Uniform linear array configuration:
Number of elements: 12
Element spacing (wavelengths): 1
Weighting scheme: exponential
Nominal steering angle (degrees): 30
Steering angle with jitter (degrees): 30.561
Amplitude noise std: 0.05
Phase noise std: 0.05

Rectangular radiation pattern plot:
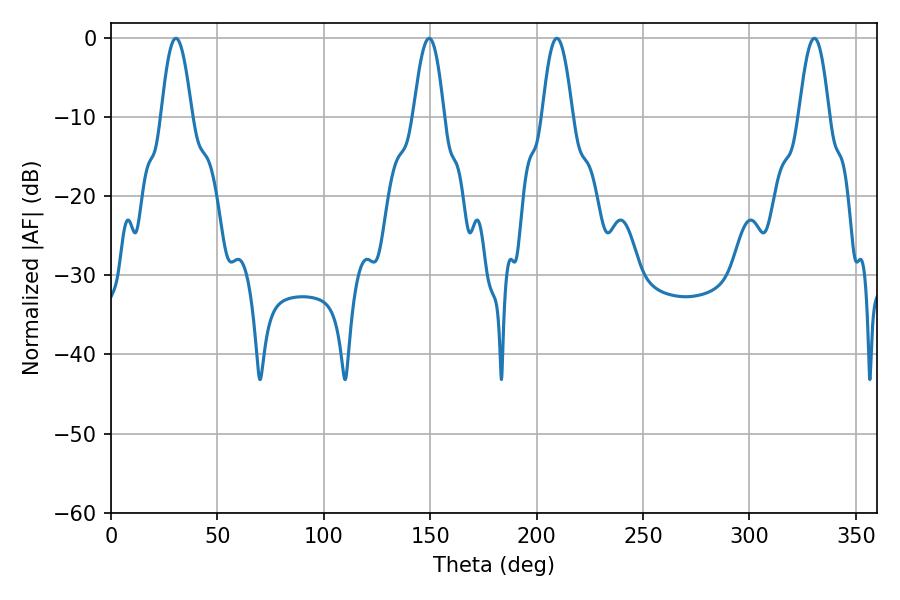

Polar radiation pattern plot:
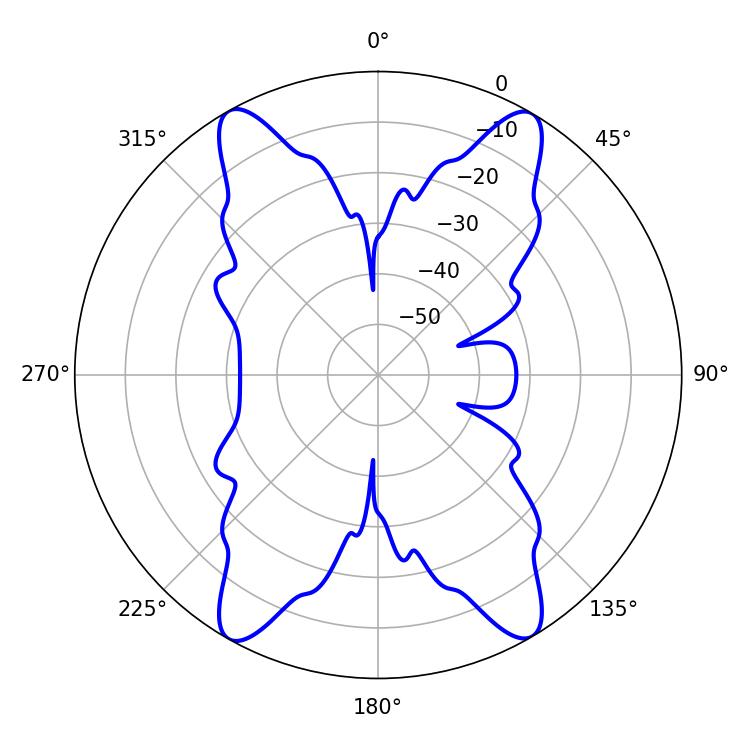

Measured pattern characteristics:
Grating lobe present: TRUE
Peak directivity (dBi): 25.31
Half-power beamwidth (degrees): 7.74
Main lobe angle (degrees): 209.52